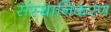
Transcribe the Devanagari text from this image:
संस्थानिकरण